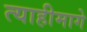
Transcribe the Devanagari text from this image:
त्याहीमागे